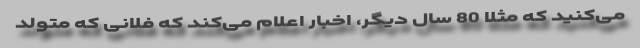
می‌کنید که مثلا 80 سال دیگر، اخبار اعلام می‌کند که فلانی که متولد